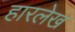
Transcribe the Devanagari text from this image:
हारलेख